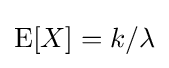
\operatorname {E} [X]=k/\lambda